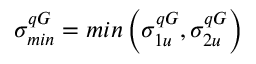
\sigma _ { m i n } ^ { q G } = m i n \left( \sigma _ { 1 u } ^ { q G } , \sigma _ { 2 u } ^ { q G } \right)